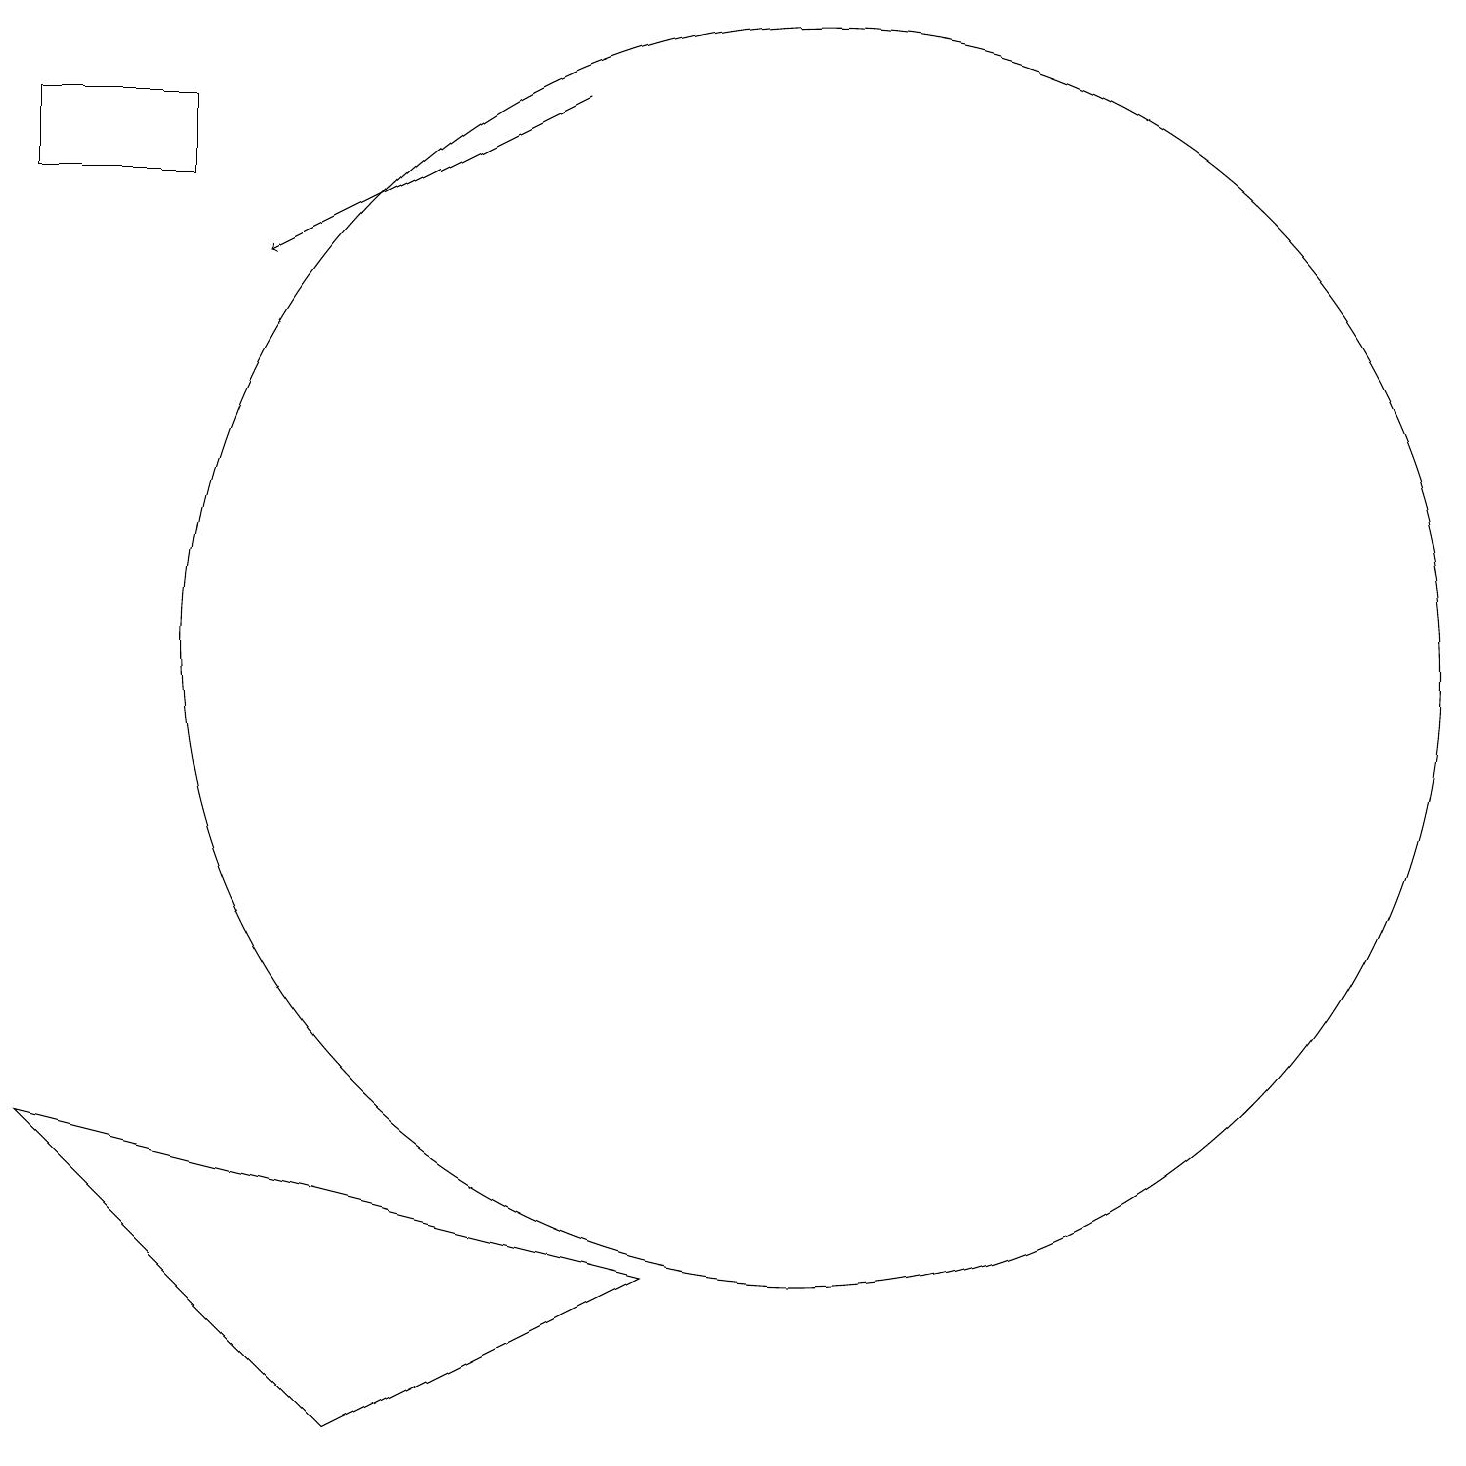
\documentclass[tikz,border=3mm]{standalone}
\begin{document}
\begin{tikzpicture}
\draw (0,5) -- (8,3) -- (4,1) -- cycle;
\draw (2,17) rectangle (0,18);
\draw (10,11) circle (8);
\draw[->] (7,18) -- (3,16);
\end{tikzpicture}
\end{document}